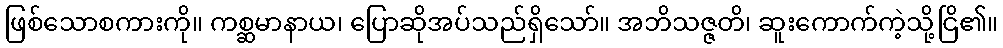
ဖြစ်သောစကားကို။ ကစ္ဆမာနာယ၊ ပြောဆိုအပ်သည်ရှိသော်။ အဘိသဇ္ဇတိ၊ ဆူးကောက်ကဲ့သို့ငြိ၏။